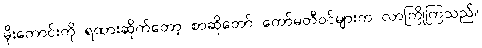
မိုးကောင်းကို ရထားဆိုက်တော့ စာဆိုတော် ကော်မတီဝင်များက လာကြိုကြသည်။